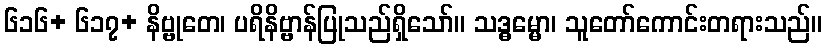
၆၁၆+ ၆၁၇+ နိဗ္ဗုတေ၊ ပရိနိဗ္ဗာန်ပြုသည်ရှိသော်။ သဒ္ဓမ္မော၊ သူတော်ကောင်းတရားသည်။